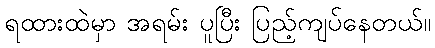
ရထားထဲမှာ အရမ်း ပူပြီး ပြည့်ကျပ်နေတယ်။